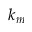
k _ { m }